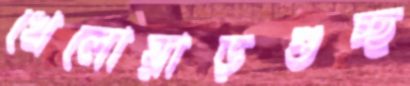
খেলোয়াড়গুচ্ছ